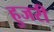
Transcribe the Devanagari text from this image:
हुजरी